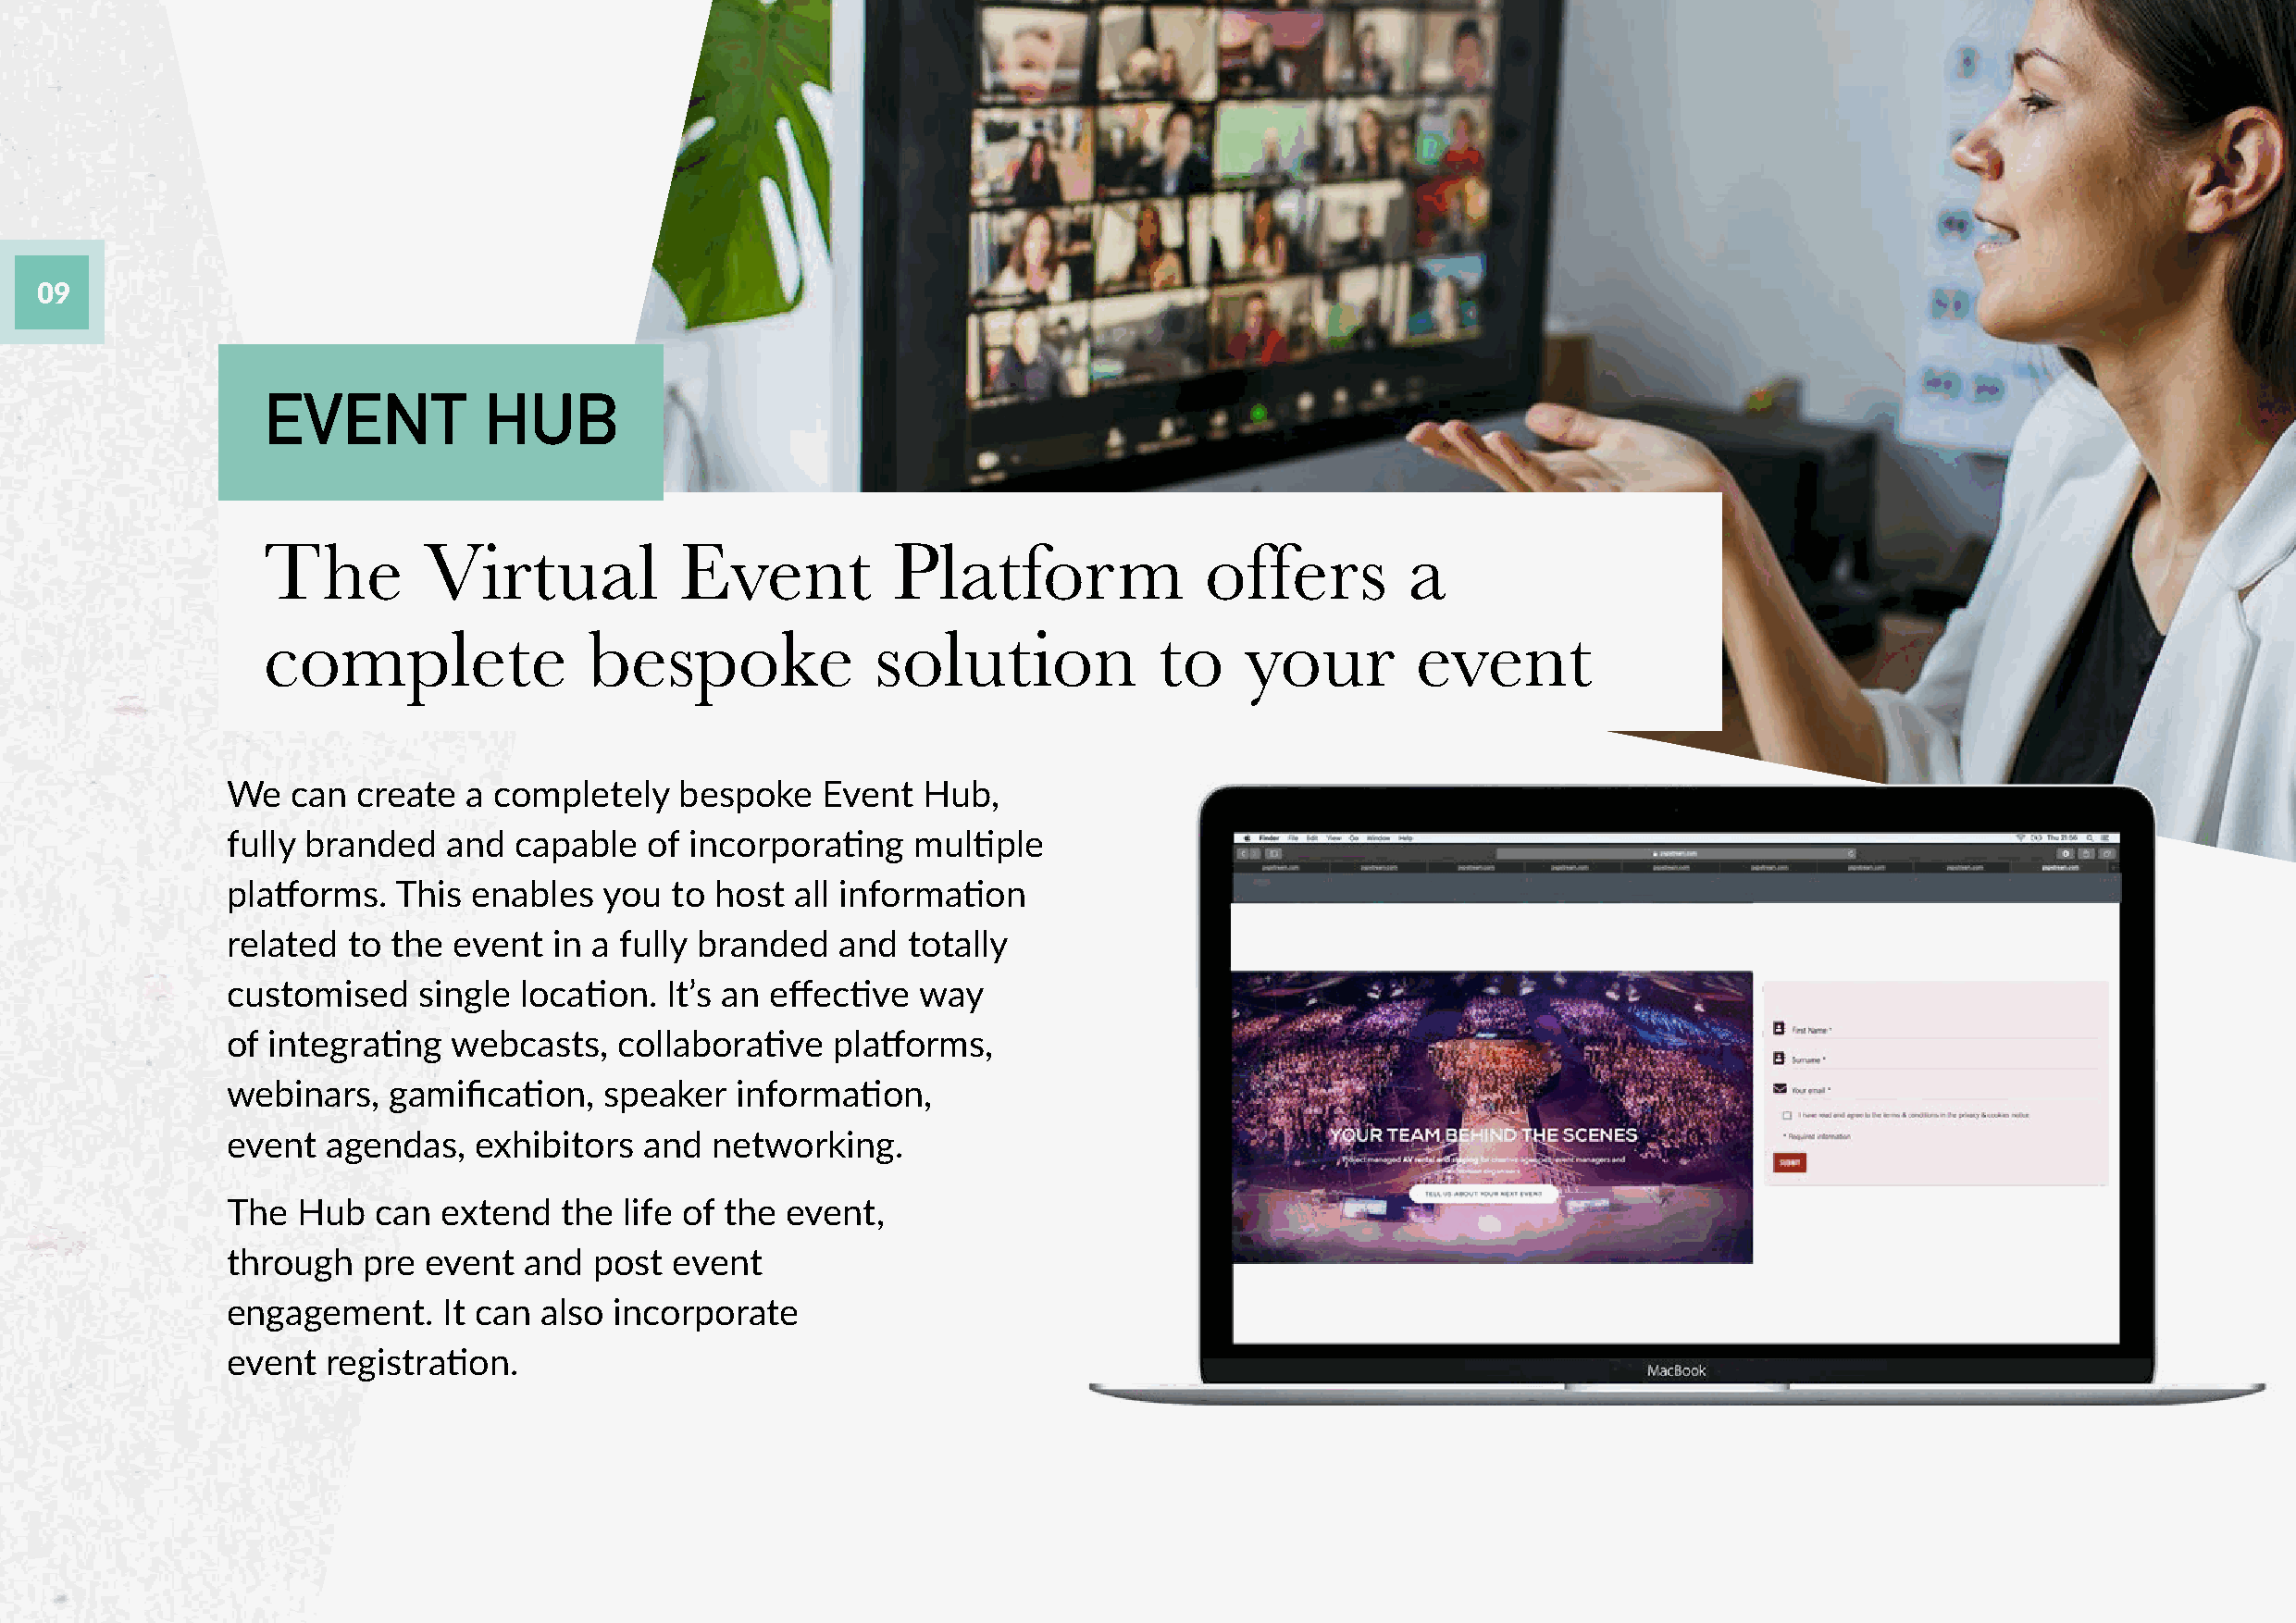
09
 EVENT           HUB
 The        Virtual            Event          Platform              offers         a
 complete               bespoke              solution            to    your        event
 We   can  create a completely    bespoke   Event  Hub,
 fully branded   and  capable  of incorporating   multiple
 platforms.  This  enables  you  to host  all information
 related  to the event   in a fully branded  and  totally
 customised    single location.  It’s an effective way
 of integrating  webcasts,   collaborative   platforms,
 webinars,   gamification,  speaker   information,
 event  agendas,   exhibitors  and  networking.
 The  Hub   can  extend  the  life of the event,
 through   pre event   and post  event
 engagement.     It can also incorporate
 event  registration.